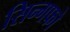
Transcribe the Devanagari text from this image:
सिन्गफो